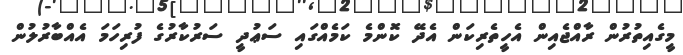
މީގެއިތުރުން ރާއްޖެއިން އެހީތެެރިކަން އެދޭ ކޮންމެ ކަމެއްގައި ސަޢުދީ ސަރުކާރުގެ ފުރިހަމަ އެއްބާރުލުން